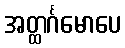
အတ္ထင်္ဂမောပေ